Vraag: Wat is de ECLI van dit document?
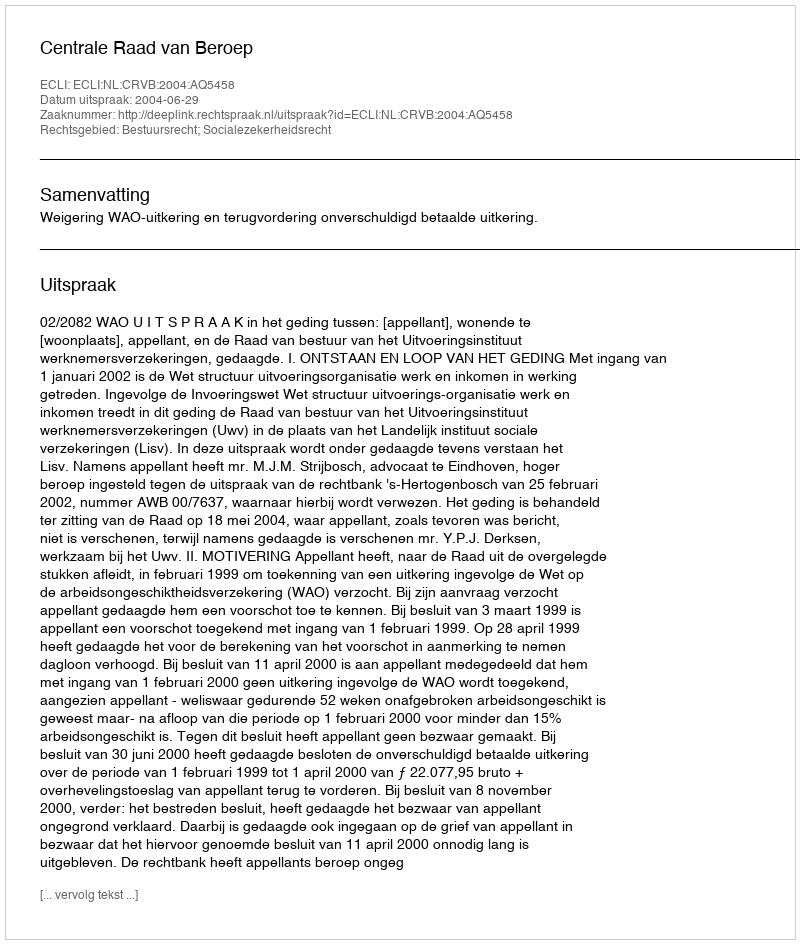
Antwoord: ECLI:NL:CRVB:2004:AQ5458